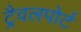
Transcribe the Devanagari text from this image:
ट्रैवलपोर्ट